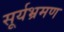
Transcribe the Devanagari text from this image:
सूर्यभ्रमण